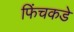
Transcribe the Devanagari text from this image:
फिंचकडे